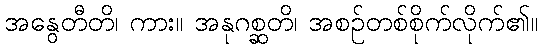
အနွေတီတိ၊ ကား။ အနုဂစ္ဆတိ၊ အစဉ်တစ်စိုက်လိုက်၏။